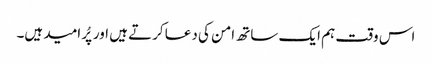
اس وقت ہم ایک ساتھ امن کی دعا کرتے ہیں اور پُر امید ہیں۔